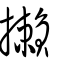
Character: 攋